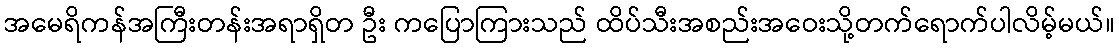
အမေရိကန်အကြီးတန်းအရာရှိတ ဦး ကပြောကြားသည် ထိပ်သီးအစည်းအဝေးသို့တက်ရောက်ပါလိမ့်မယ်။